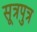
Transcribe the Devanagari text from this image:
सूत्रपुत्र